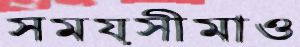
সময়সীমাও